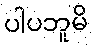
ပါပဘူမိ